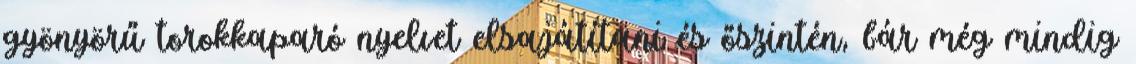
gyönyörű torokkaparó nyelvet elsajátítani és őszintén, bár még mindig